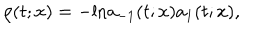
\rho ( t ; x ) = - \mathrm { l n } a _ { - 1 } ( t ; x ) a _ { 1 } ( t ; x ) ,